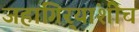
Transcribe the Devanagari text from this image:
जहागिर्‍यांशीच